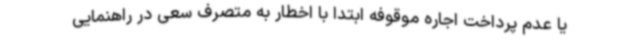
یا عدم پرداخت اجاره موقوفه ابتدا با اخطار به متصرف سعی در راهنمایی